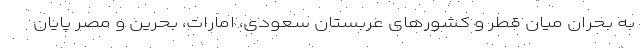
به بحران میان قطر و کشورهای عربستان سعودی، امارات، بحرین و مصر پایان